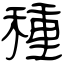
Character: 種